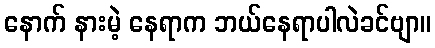
နောက် နားမဲ့ နေရာက ဘယ်နေရာပါလဲခင်ဗျာ။